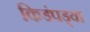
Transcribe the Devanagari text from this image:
किडंपड्या